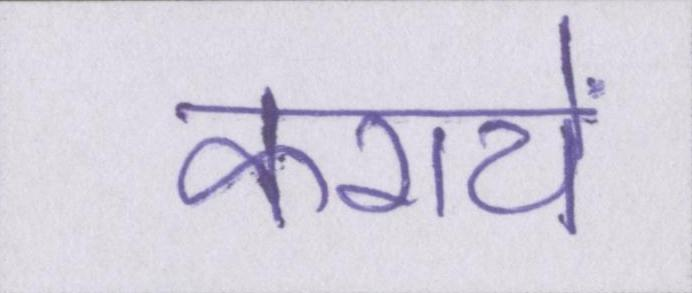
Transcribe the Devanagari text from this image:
करायें